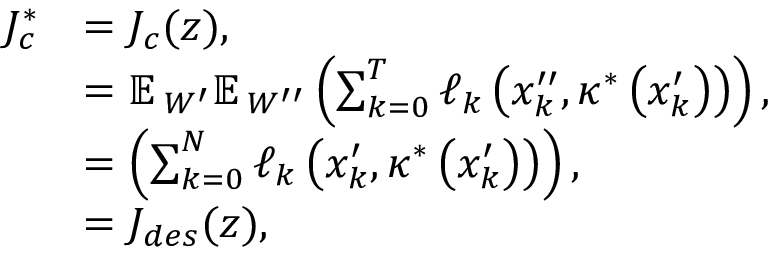
\begin{array} { r l } { J _ { c } ^ { * } } & { = J _ { c } ( z ) , } \\ & { = \mathbb { E \, } _ { W ^ { \prime } } \mathbb { E \, } _ { W ^ { \prime \prime } } \left( \sum _ { k = 0 } ^ { T } \ell _ { k } \left( x _ { k } ^ { \prime \prime } , \kappa ^ { * } \left( x _ { k } ^ { \prime } \right) \right) \right) , } \\ & { = \left( \sum _ { k = 0 } ^ { N } \ell _ { k } \left( x _ { k } ^ { \prime } , \kappa ^ { * } \left( x _ { k } ^ { \prime } \right) \right) \right) , } \\ & { = J _ { d e s } ( z ) , } \end{array}